Medical and sanitary report on the native army of Bombay for the year
Year: 1877
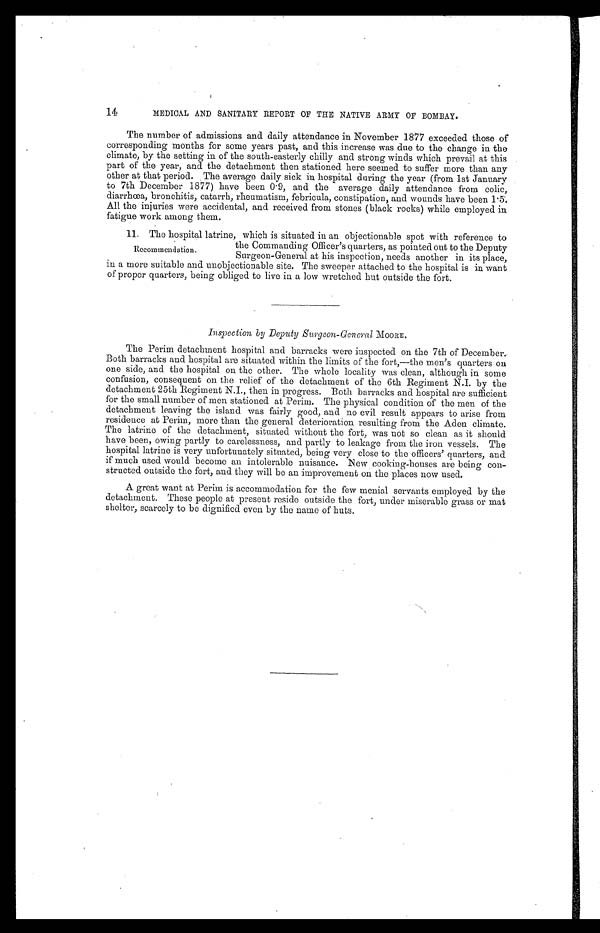
14
MEDICAL AND SANITARY REPORT OF THE NATIVE ARMY OF BOMBAY.
The number of admissions and daily attendance in November 1877 exceeded those of
corresponding months for some years past, and this increase was due to the change in the
climate, by the setting in of the south-easterly chilly and strong winds which prevail at this
part of the year, and the detachment then stationed here seemed to suffer more than any
other at that period. The average daily sick in hospital during the year (from 1st January
to 7th December 1877) have been 0.9, and the average daily attendance from colic,
diarrhœa, bronchitis, catarrh, rheumatism, febricula, constipation, and wounds have been 1.5.
All the injuries were accidental, and received from stones (black rocks) while employed in
fatigue work among them.
11. The hospital latrine, which is situated in an objectionable spot with reference to
the Commanding Officer's quarters, as pointed out to the Deputy
Surgeon-General at his inspection, needs another in its place,
in a more suitable and unobjectionable site. The sweeper attached to the hospital is in want
of proper quarters, being obliged to live in a low wretched hut outside the fort.
Inspection by Deputy Surgeon-General MOORE.
The Perim detachment hospital and barracks were inspected on the 7th of December.
Both barracks and hospital are situated within the limits of the fort,—the men's quarters on
one side, and the hospital on the other. The whole locality was clean, although in some
confusion, consequent on the relief of the detachment of the 6th Regiment N.I. by the
detachment 25th Regiment N.I., then in progress. Both barracks and hospital are sufficient
for the small number of men stationed at Perim. The physical condition of the men of the
detachment leaving the island was fairly good, and no evil result appears to arise from
residence at Perim, more than the general deterioration resulting from the Aden climate.
The latrine of the detachment, situated without the fort, was not so clean as it should
have been, owing partly to carelessness, and partly to leakage from the iron vessels. The
hospital latrine is very unfortunately situated, being very close to the officers' quarters, and
if much used would become an intolerable nuisance. New cooking houses are being con
-
structed outside the fort, and they will be an improvement on the places now used.
A great want at Perim is accommodation for the few menial servants employed by the
detachment. These people at present reside outside the fort, under miserable grass or mat
shelter, scarcely to be dignified even by the name of huts.
Recommendation.